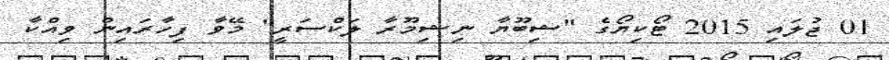
01 ޖުލައި 2015 ޓޯކިޔޯގެ "ޝިބޫޔާ ނިޝިމޫރާ ލަކްސަރީ" މޭވާ ފިހާރައިން ވިއްކާ